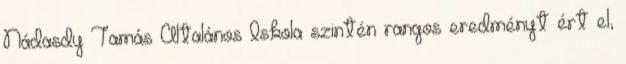
Nádasdy Tamás Általános Iskola szintén rangos eredményt ért el,